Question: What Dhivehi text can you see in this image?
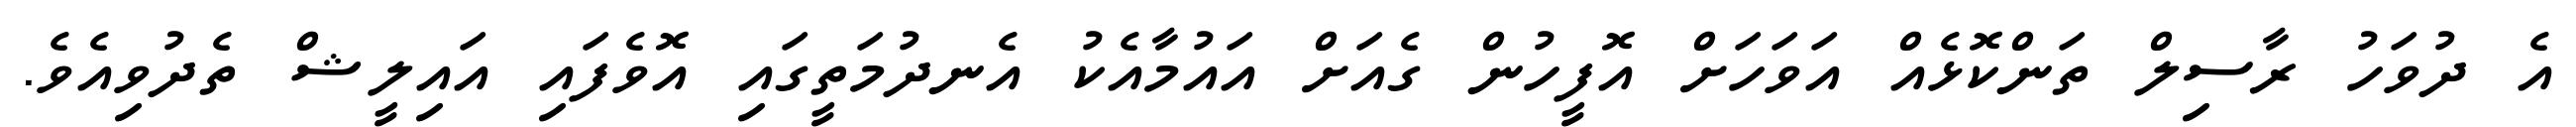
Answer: އެ ދުވަހު ރާސިލް ތަންކޮޅެއް އަވަހަށް އޮފީހުން ގެއަށް އައުމާއެކު އެނދުމަތީގައި އޮވެފައި އައިލީޝް ތެދުވިއެވެ.